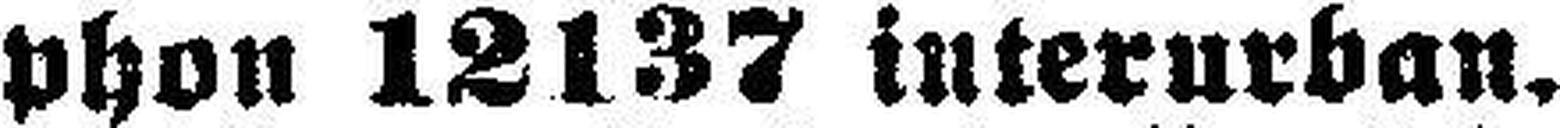
phon 12137 interurban.